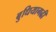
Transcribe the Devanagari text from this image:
बुधियागढी